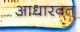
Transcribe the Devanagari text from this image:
आधारवत्